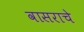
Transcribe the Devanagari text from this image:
वासराचे